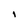
Character: I